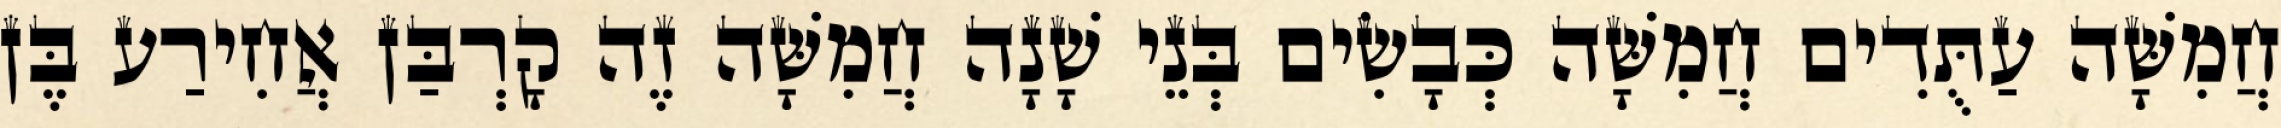
חֲמִשָּׁה עַתֻּדִים חֲמִשָּׁה כְּבָשִׂים בְּנֵי שָׁנָה חֲמִשָּׁה זֶה קָרְבַּן אֲחִירַע בֶּן